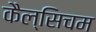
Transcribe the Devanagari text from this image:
कैल्सिचम